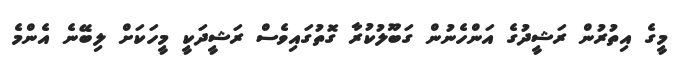
މީގެ އިތުރުން ރަޝީދުގެ އަންހެނުން ގަބޫލުކުރާ ގޮތުގައިވެސް ރަޝީދަކީ މީހަކަށް ލިބޭނެ އެންމެ